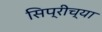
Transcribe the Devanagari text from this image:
सिप्रीच्या